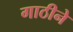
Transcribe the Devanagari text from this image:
गाठीने